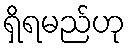
ရှိရမည်ဟု